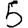
Digit: 5